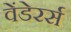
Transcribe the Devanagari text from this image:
वेंडेरर्स